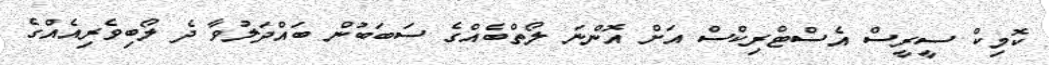
ކޮމިކް ސީރީސް އެސްޓްރިކްސް އަށް އޮންނަ ލޯތްބެއްގެ ސަބަބުން ބައްދަލުވާ ދެ ލޯބިވެރިއެއްގެ